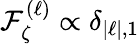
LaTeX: \mathop{\mathcal{F}_{\zeta}^{(\ell)}}\propto\delta_{|\ell|,1}